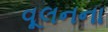
વૂલનના